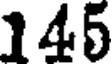
145